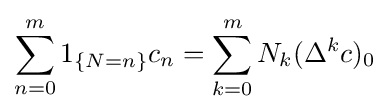
\sum _{n=0}^{m}1_{\{N=n\}}c_{n}=\sum _{k=0}^{m}N_{k}(\Delta ^{k}c)_{0}